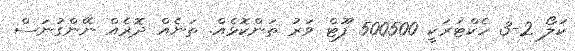
ކަލޯ 2-3 ހެކްޓަރަކީ 500500 ފޫޓް ވަރު ތަންކޮޅެއް. ތަނެއް ދޮރެއް ނޭންގުނަސް